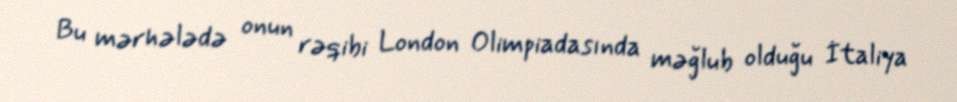
Bu mərhələdə onun rəqibi London Olimpiadasında məğlub olduğu İtaliya